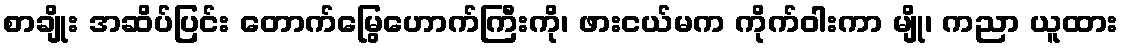
စာချိုး အဆိပ်ပြင်း တောက်မြွေဟောက်ကြီးကို၊ ဖားငယ်မက ကိုက်ဝါးကာ မျို၊ ကညာ ယူထား